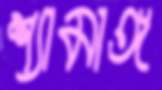
শ্যামাঙ্গ